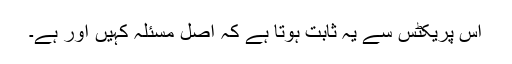
اس پریکٹس سے یہ ثابت ہوتا ہے کہ اصل مسئلہ کہیں اور ہے۔